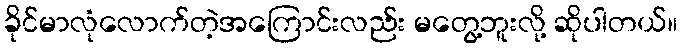
ခိုင်မာလုံလောက်တဲ့အကြောင်းလည်း မတွေ့ဘူးလို့ ဆိုပါတယ်။